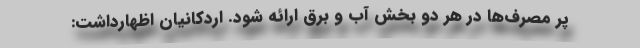
پر مصرف‌ها در هر دو بخش آب و برق ارائه شود. اردکانیان اظهارداشت: